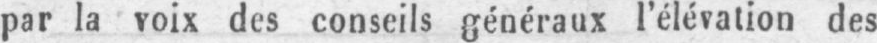
par la voix des conseils généraux l’élévation des